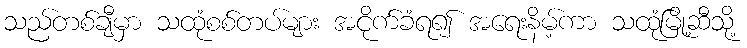
သည်တစ်ချီမှာ သထုံစစ်တပ်များ အငိုက်ခံရ၍ အရေးနိမ့်ကာ သထုံမြို့ဆီသို့